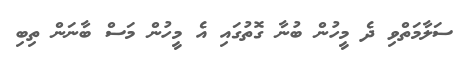
ސަލާމަތްވި ދެ މީހުން ބުނާ ގޮތުގައި އެ މީހުން މަސް ބާނަން ތިބި